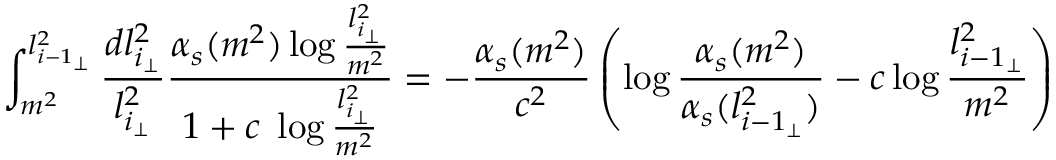
\int _ { m ^ { 2 } } ^ { l _ { { i - 1 } _ { \perp } } ^ { 2 } } \frac { d l _ { { i } _ { \perp } } ^ { 2 } } { l _ { { i } _ { \perp } } ^ { 2 } } \frac { \alpha _ { s } ( m ^ { 2 } ) \log \frac { l _ { { i } _ { \perp } } ^ { 2 } } { m ^ { 2 } } } { 1 + c \; \log \frac { l _ { { i } _ { \perp } } ^ { 2 } } { m ^ { 2 } } } = - \frac { \alpha _ { s } ( m ^ { 2 } ) } { c ^ { 2 } } \left( \log \frac { \alpha _ { s } ( m ^ { 2 } ) } { \alpha _ { s } ( l _ { { i - 1 } _ { \perp } } ^ { 2 } ) } - c \log \frac { l _ { { i - 1 } _ { \perp } } ^ { 2 } } { m ^ { 2 } } \right)